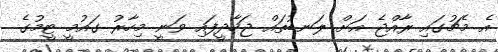
އެ މެޗުގައި ރާއްޖެ އަށް ލަނޑުތައް ޖަހާދީފައި ވަނީ މިހާރު ގައުމީ ޓީމުގެ